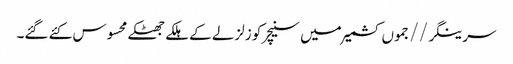
سرینگر//جموں کشمیر میں سنیچر کو زلزلے کے ہلکے جھٹکے محسوس کئے گئے۔